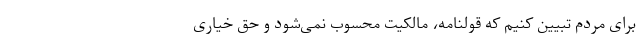
برای مردم تبیین کنیم که قولنامه، مالکیت محسوب نمی‌شود و حق خیاری